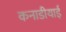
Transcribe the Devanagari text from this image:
कनाडीयाई